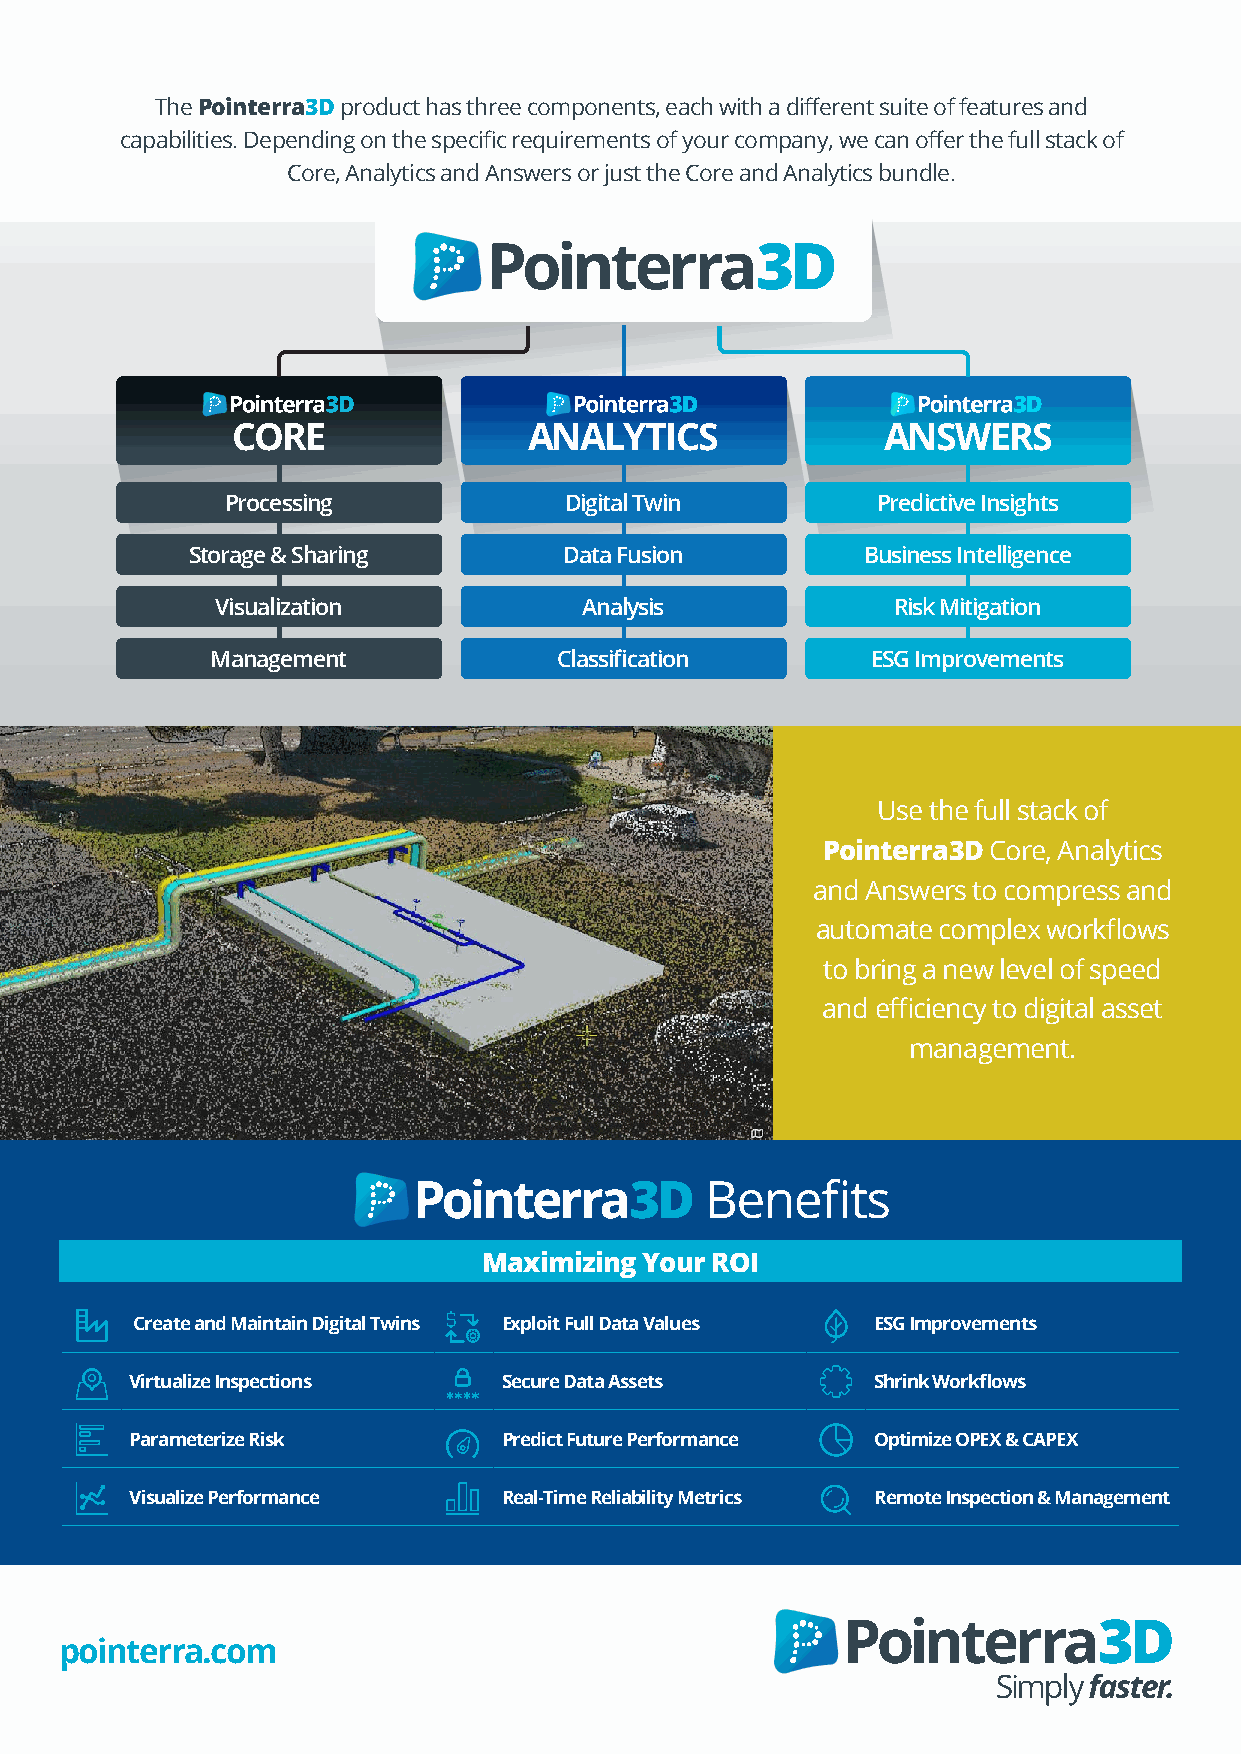
The Pointerra3D product has three components, each with a different suite of features and
 capabilities. Depending on the specific requirements of your company, we can offer the full stack of
 Core, Analytics and Answers or just the Core and Analytics bundle.
 CORE                ANALYTICS              ANSWERS
 Processing            Digital Twin         Predictive Insights
 Storage & Sharing       Data Fusion         Business Intelligence
 Visualization            Analysis            Risk Mitigation
 Management             Classification       ESG Improvements
 Use the full stack of
 Pointerra3D Core, Analytics
 and Answers to compress and
 automate complex workflows
 to bring a new level of speed
 and efficiency to digital asset
 management.
 Benefits
 Maximizing Your ROI
 Create and Maintain Digital Twins Exploit Full Data Values ESG Improvements
 Virtualize Inspections  Secure Data Assets       Shrink Workflows
 Parameterize Risk       Predict Future Performance Optimize OPEX & CAPEX
 Visualize Performance   Real-Time Reliability Metrics Remote Inspection & Management
 pointerra.com